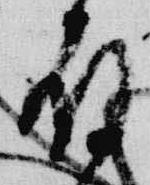
殿